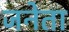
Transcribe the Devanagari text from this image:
जनेता